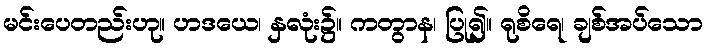
မင်းပေတည်းဟု။ ဟဒယေ၊ နှလုံး၌။ ကတွာန၊ ပြု၍။ ရုစိရေ၊ ချစ်အပ်သော